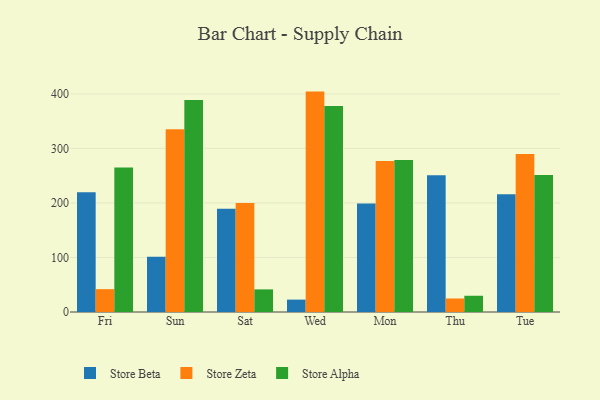
{"axis": {"x": "Day", "y": "Temperature (°C)"}, "legend": ["Store Alpha", "Store Beta", "Store Zeta"], "data": [{"x": "Fri", "y": 219.7, "type": "Store Beta"}, {"x": "Fri", "y": 41.9, "type": "Store Zeta"}, {"x": "Fri", "y": 265.2, "type": "Store Alpha"}, {"x": "Sun", "y": 101.1, "type": "Store Beta"}, {"x": "Sun", "y": 335.2, "type": "Store Zeta"}, {"x": "Sun", "y": 388.6, "type": "Store Alpha"}, {"x": "Sat", "y": 189.3, "type": "Store Beta"}, {"x": "Sat", "y": 200.0, "type": "Store Zeta"}, {"x": "Sat", "y": 41.5, "type": "Store Alpha"}, {"x": "Wed", "y": 22.7, "type": "Store Beta"}, {"x": "Wed", "y": 404.2, "type": "Store Zeta"}, {"x": "Wed", "y": 377.9, "type": "Store Alpha"}, {"x": "Mon", "y": 199.0, "type": "Store Beta"}, {"x": "Mon", "y": 277.0, "type": "Store Zeta"}, {"x": "Mon", "y": 278.6, "type": "Store Alpha"}, {"x": "Thu", "y": 251.0, "type": "Store Beta"}, {"x": "Thu", "y": 24.8, "type": "Store Zeta"}, {"x": "Thu", "y": 29.8, "type": "Store Alpha"}, {"x": "Tue", "y": 215.8, "type": "Store Beta"}, {"x": "Tue", "y": 289.9, "type": "Store Zeta"}, {"x": "Tue", "y": 251.1, "type": "Store Alpha"}]}